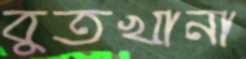
বুতখানা